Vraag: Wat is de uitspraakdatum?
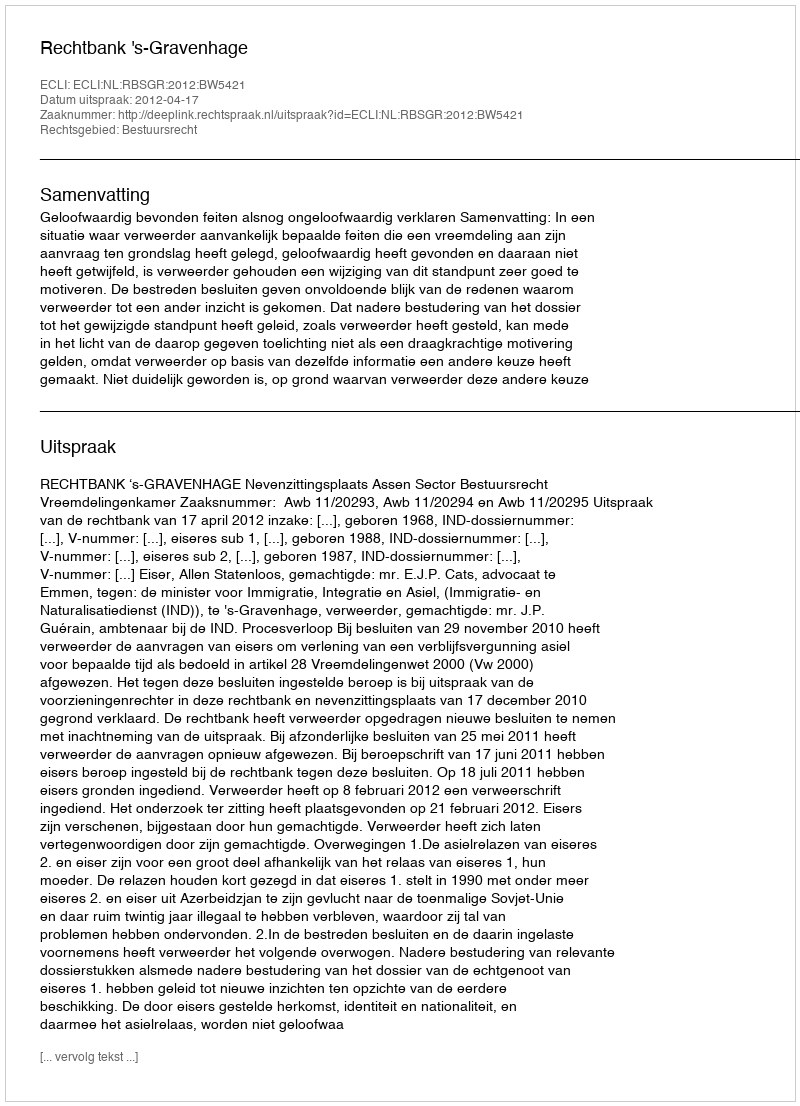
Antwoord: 2012-04-17